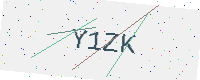
Text: Y1ZK